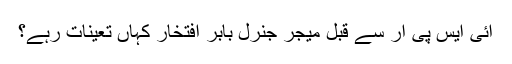
آئی ایس پی آر سے قبل میجر جنرل بابر افتخار کہاں تعینات رہے؟